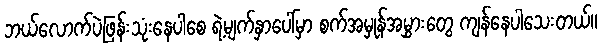
ဘယ်လောက်ပဲဖြန်းသုံးနေပါစေ ရဲ့မျက်နှာပေါ်မှာ စက်အမှုန်အမွှားတွေ ကျန်နေပါသေးတယ်။